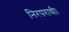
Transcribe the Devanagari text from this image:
निरपराधी।